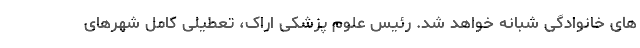
های خانوادگی شبانه خواهد شد. رئیس علوم پزشکی اراک، تعطیلی کامل شهرهای